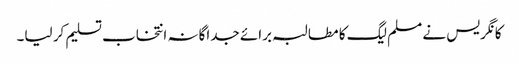
کانگریس نے مسلم لیگ کا مطالبہ برائے جداگانہ انتخاب تسلیم کر لیا۔